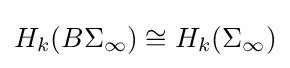
H_{k}(B\Sigma _{\infty })\cong H_{k}(\Sigma _{\infty })